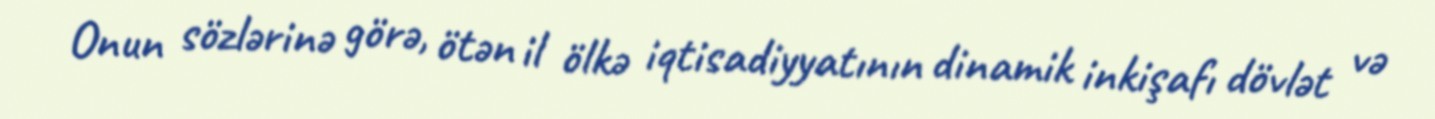
Onun sözlərinə görə, ötən il ölkə iqtisadiyyatının dinamik inkişafı dövlət və